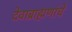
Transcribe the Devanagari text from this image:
देवाब्राह्मणांचे